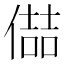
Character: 𪝦